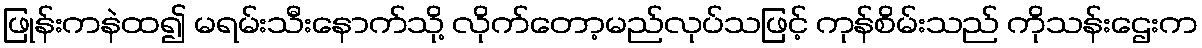
ဖြုန်းကနဲထ၍ မရမ်းသီးနောက်သို့ လိုက်တော့မည်လုပ်သဖြင့် ကုန်စိမ်းသည် ကိုသန်းဌေးက